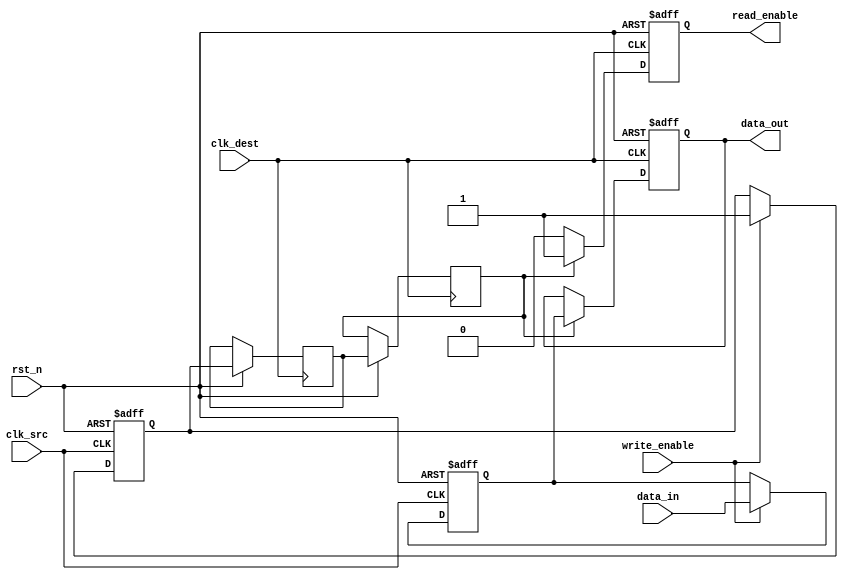
module MemoryBlocksHandshakeSynchronizer (
    input wire clk_src,         // Clock for source domain
    input wire clk_dest,        // Clock for destination domain
    input wire rst_n,           // Asynchronous active-low reset
    input wire [7:0] data_in,   // Data input from source domain
    input wire write_enable,     // Write enable signal
    output reg [7:0] data_out,   // Synchronized data output to destination domain
    output reg read_enable       // Read enable signal for destination domain
);

    // Internal signals
    reg [7:0] data_latch;       // Latch for data
    reg data_ready;             // Indicates new data is available
    reg ack;                    // Acknowledgment signal

    // Synchronize data_ready and ack to the destination clock domain
    reg data_ready_sync_1, data_ready_sync_2;
    reg ack_sync_1, ack_sync_2;

    // Capture data and write_enable on the rising edge of clk_src
    always @(posedge clk_src or negedge rst_n) begin
        if (!rst_n) begin
            data_latch <= 8'b0;
            data_ready <= 1'b0;
        end else if (write_enable) begin
            data_latch <= data_in; // Latch the data
            data_ready <= 1'b1;     // Indicate data is ready
        end
    end

    // Acknowledge the data in the destination clock domain
    always @(posedge clk_dest or negedge rst_n) begin
        if (!rst_n) begin
            data_out <= 8'b0;
            read_enable <= 1'b0;
            ack <= 1'b0;
        end else begin
            // Synchronize data_ready signal
            data_ready_sync_1 <= data_ready;
            data_ready_sync_2 <= data_ready_sync_1;

            // If data is ready, transfer it to data_out
            if (data_ready_sync_2) begin
                data_out <= data_latch; // Transfer data
                read_enable <= 1'b1;     // Indicate data is ready to be read
                ack <= 1'b1;             // Assert ack
            end else begin
                read_enable <= 1'b0;     // Reset read enable
            end

            // Acknowledge signal synchronization
            ack_sync_1 <= ack;
            ack_sync_2 <= ack_sync_1;

            // Reset ack after reading
            if (ack_sync_2) begin
                ack <= 1'b0; // Reset ack signal
            end
        end
    end

endmodule